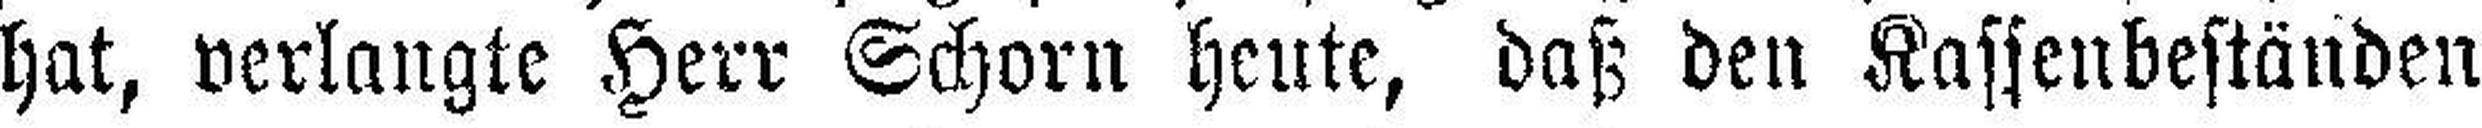
hat, verlangte Herr Schorn heute, daß den Kassenbeständen